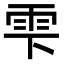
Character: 雫